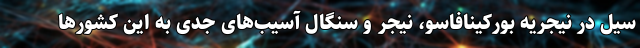
سیل در نیجریه بورکینافاسو، نیجر و سنگال آسیب‌های جدی به این کشور‌ها